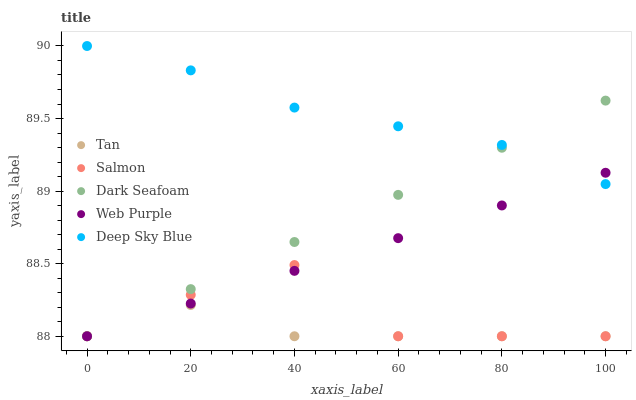
| xaxis_label | Tan | Salmon | Dark Seafoam | Web Purple | Deep Sky Blue |
 | --- | --- | --- | --- | --- | --- |
 | 0 | 88 | 88 | 88 | 88 | 90 |
 | 20 | 88.2 | 88.3 | 88.3 | 88.2 | 89.8 |
 | 40 | 88 | 88.5 | 88.6 | 88.5 | 89.6 |
 | 60 | 88 | 88 | 89 | 88.7 | 89.4 |
 | 80 | 88 | 88 | 89.3 | 88.9 | 89.3 |
 | 100 | 88 | 88 | 89.6 | 89.1 | 89 |